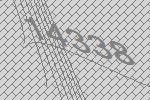
14338